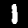
Digit: 1